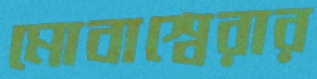
মোবাশ্বেরার